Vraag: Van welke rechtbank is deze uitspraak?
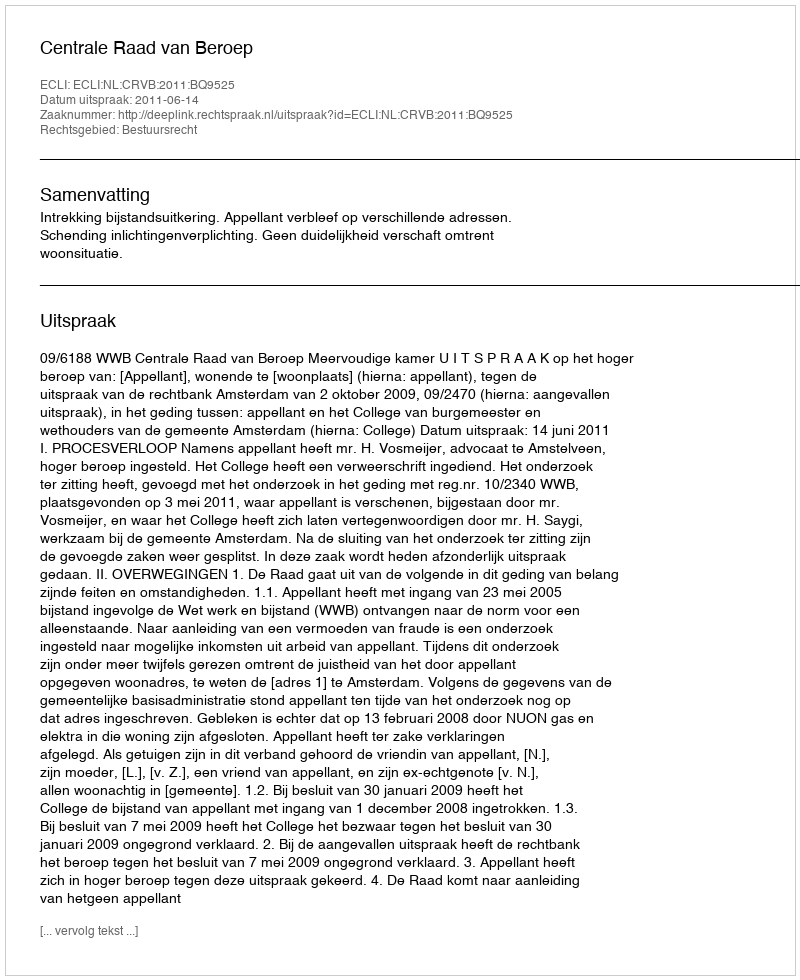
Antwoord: Centrale Raad van Beroep